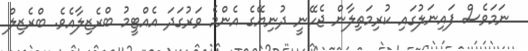
ނަމަވެސް ފައިނަލުގައި ކުރިމަތިލާން ޖެހޭނީ ދުނިޔޭގެ އެންމެ ވަރުގަދަ އެއްޓީމު ބްރެޒިލާއެވެ. ބްރެޒިލް